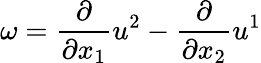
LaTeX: \omega=\frac{\partial}{\partial x_{1}}u^{2}-\frac{\partial}{\partial x_{2}}u^{1}